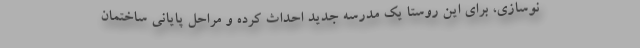
نوسازی، برای این روستا یک مدرسه جدید احداث کرده و مراحل پایانی ساختمان